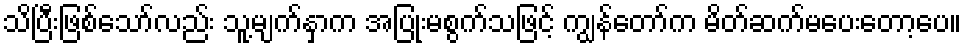
သိပြီးဖြစ်သော်လည်း သူ့မျက်နှာက အပြုံးမစွက်သဖြင့် ကျွန်တော်က မိတ်ဆက်မပေးတော့ပေ။